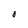
Character: 0